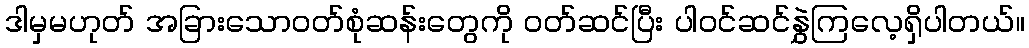
ဒါမှမဟုတ် အခြားသောဝတ်စုံဆန်းတွေကို ဝတ်ဆင်ပြီး ပါဝင်ဆင်နွှဲကြလေ့ရှိပါတယ်။